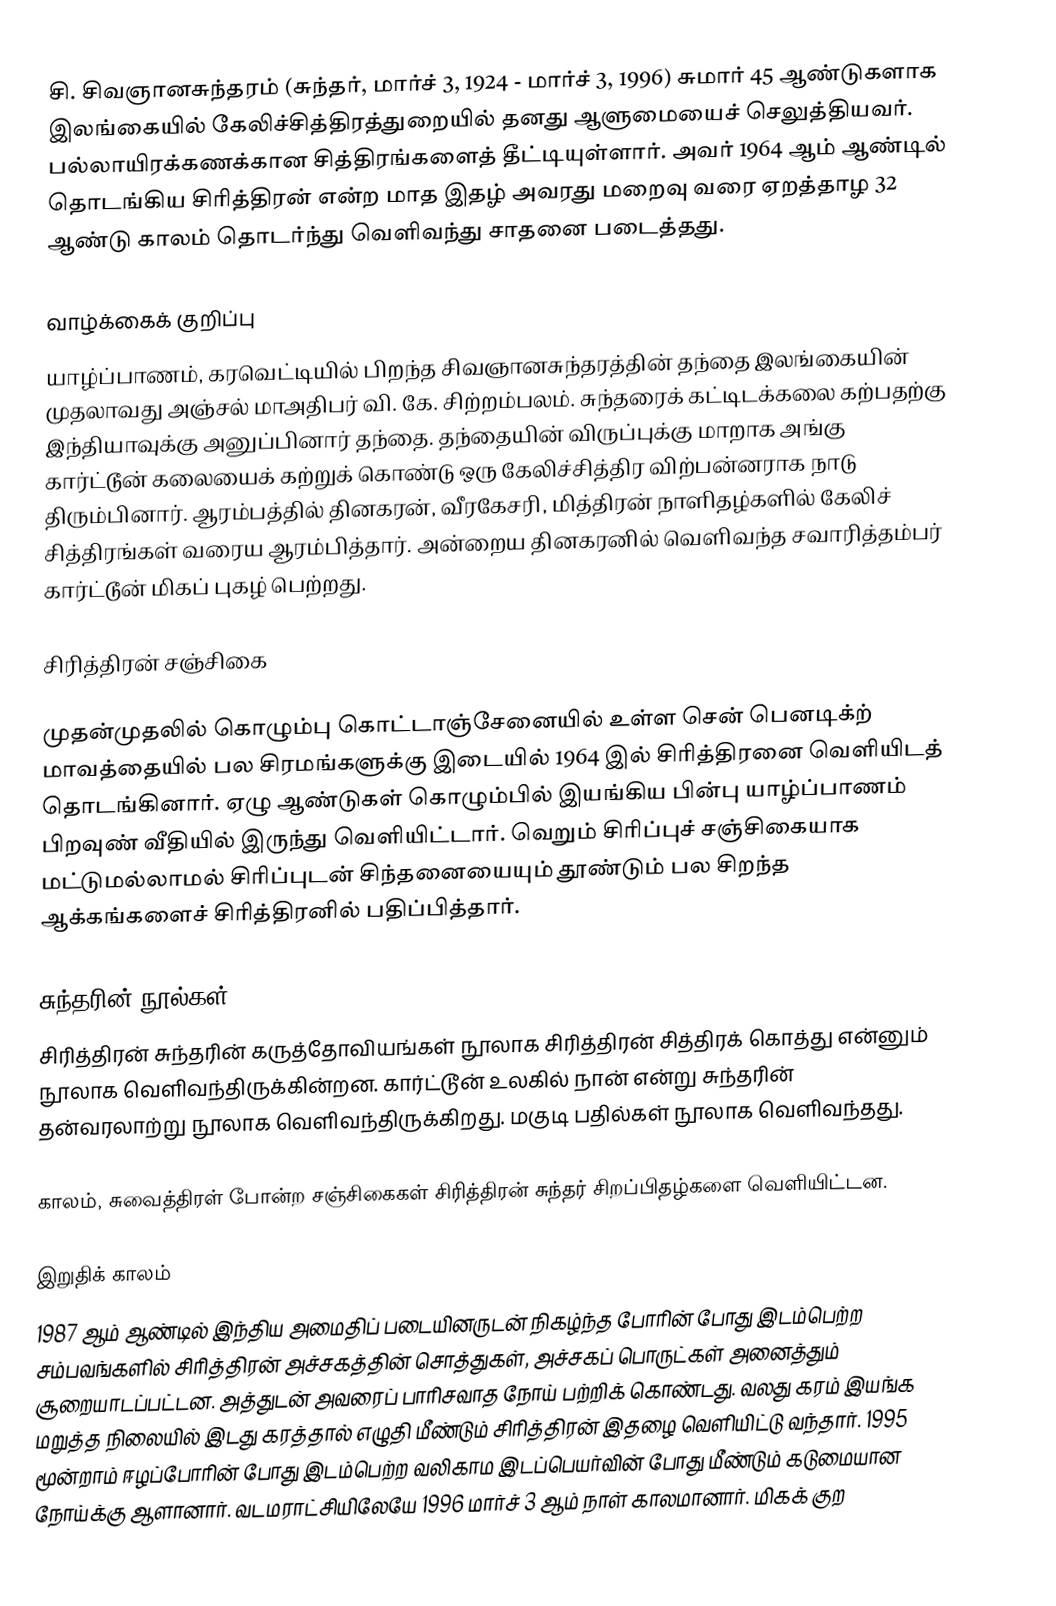
சி. சிவஞானசுந்தரம் (சுந்தர், மார்ச் 3, 1924 - மார்ச் 3, 1996) சுமார் 45 ஆண்டுகளாக இலங்கையில் கேலிச்சித்திரத்துறையில் தனது ஆளுமையைச் செலுத்தியவர். பல்லாயிரக்கணக்கான சித்திரங்களைத் தீட்டியுள்ளார். அவர் 1964 ஆம் ஆண்டில் தொடங்கிய சிரித்திரன் என்ற மாத இதழ் அவரது மறைவு வரை ஏறத்தாழ 32 ஆண்டு காலம் தொடர்ந்து வெளிவந்து சாதனை படைத்தது.

வாழ்க்கைக் குறிப்பு
யாழ்ப்பாணம், கரவெட்டியில் பிறந்த சிவஞானசுந்தரத்தின் தந்தை இலங்கையின் முதலாவது அஞ்சல் மாஅதிபர் வி. கே. சிற்றம்பலம். சுந்தரைக் கட்டிடக்கலை கற்பதற்கு இந்தியாவுக்கு அனுப்பினார் தந்தை. தந்தையின் விருப்புக்கு மாறாக அங்கு கார்ட்டூன் கலையைக் கற்றுக் கொண்டு ஒரு கேலிச்சித்திர விற்பன்னராக நாடு திரும்பினார். ஆரம்பத்தில் தினகரன், வீரகேசரி, மித்திரன் நாளிதழ்களில் கேலிச் சித்திரங்கள் வரைய ஆரம்பித்தார். அன்றைய தினகரனில் வெளிவந்த சவாரித்தம்பர் கார்ட்டூன் மிகப் புகழ் பெற்றது.

சிரித்திரன் சஞ்சிகை

முதன்முதலில் கொழும்பு கொட்டாஞ்சேனையில் உள்ள சென் பெனடிக்ற் மாவத்தையில் பல சிரமங்களுக்கு இடையில் 1964 இல் சிரித்திரனை வெளியிடத் தொடங்கினார். ஏழு ஆண்டுகள் கொழும்பில் இயங்கிய பின்பு யாழ்ப்பாணம் பிறவுண் வீதியில் இருந்து வெளியிட்டார். வெறும் சிரிப்புச் சஞ்சிகையாக மட்டுமல்லாமல் சிரிப்புடன் சிந்தனையையும் தூண்டும் பல சிறந்த ஆக்கங்களைச் சிரித்திரனில் பதிப்பித்தார்.

சுந்தரின் நூல்கள்
சிரித்திரன் சுந்தரின் கருத்தோவியங்கள் நூலாக சிரித்திரன் சித்திரக் கொத்து என்னும் நூலாக வெளிவந்திருக்கின்றன. கார்ட்டூன் உலகில் நான் என்று சுந்தரின் தன்வரலாற்று நூலாக வெளிவந்திருக்கிறது. மகுடி பதில்கள் நூலாக வெளிவந்தது.

காலம், சுவைத்திரள் போன்ற சஞ்சிகைகள் சிரித்திரன் சுந்தர் சிறப்பிதழ்களை வெளியிட்டன.

இறுதிக் காலம்
1987 ஆம் ஆண்டில் இந்திய அமைதிப் படையினருடன் நிகழ்ந்த போரின் போது இடம்பெற்ற சம்பவங்களில் சிரித்திரன் அச்சகத்தின் சொத்துகள், அச்சகப் பொருட்கள் அனைத்தும் சூறையாடப்பட்டன. அத்துடன் அவரைப் பாரிசவாத நோய் பற்றிக் கொண்டது. வலது கரம் இயங்க மறுத்த நிலையில் இடது கரத்தால் எழுதி மீண்டும் சிரித்திரன் இதழை வெளியிட்டு வந்தார். 1995 மூன்றாம் ஈழப்போரின் போது இடம்பெற்ற வலிகாம இடப்பெயர்வின் போது மீண்டும் கடுமையான நோய்க்கு ஆளானார். வடமராட்சியிலேயே 1996 மார்ச் 3 ஆம் நாள் காலமானார். மிகக் குற